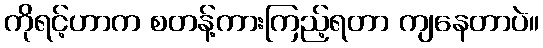
ကိုရင့်ဟာက စတန့်ကားကြည့်ရတာ ကျနေတာပဲ။